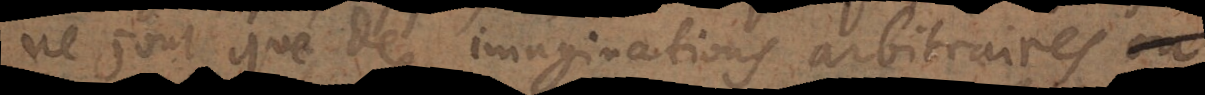
ne sont que des imaginations arbitraires,